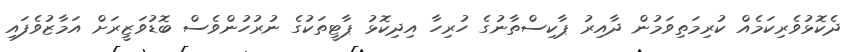
ދެކޮޅުވެރިކަމެއް ކުރިމަތިވަމުން ދާއިރު ޕާކިސްތާނުގެ ހުރިހާ އިދިކޮޅު ޕާޓީތަކުގެ ނުރުހުންވެސް ބޮޑުވަޒީރަށް އަމާޒުވެފައި